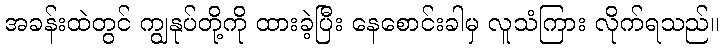
အခန်းထဲတွင် ကျွနုပ်တို့ကို ထားခဲ့ပြီး နေစောင်းခါမှ လူသံကြား လိုက်ရသည်။